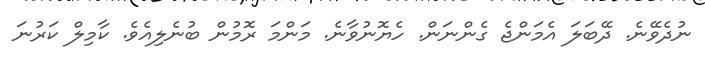
ނުދެވޭނެ. ދޭބަލަ އެމަންޖެ ގެންނަން. ހެޔޮނުވާނެ. މަންމަ ރޮމުން ބުނެލިއެވެ. ކާމިލް ކަރުނަ